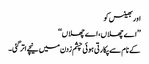
اور بھینس کو
’’اے چھلاں، اے چھلاں‘‘
کے نام سے پکارتی ہوئی چشم زدن میں نیچے اتر گئی۔